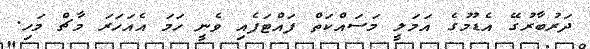
ދަރުބާރުގޭ އެޑުމުގެ އަމަލީ މަސައްކަތް ފައްޓަފެއި ވެނީ ހަމަ އެއަހަރަ މާޗް މަހި.